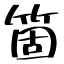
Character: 箇